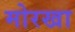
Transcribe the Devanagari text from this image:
मोरखा